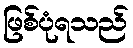
ဖြစ်ပုံရသည်